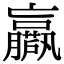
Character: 𡳴